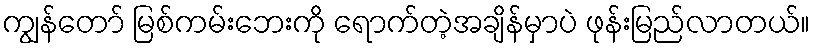
ကျွန်တော် မြစ်ကမ်းဘေးကို ရောက်တဲ့အချိန်မှာပဲ ဖုန်းမြည်လာတယ်။